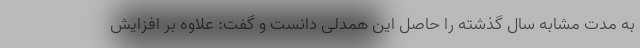
به مدت مشابه سال گذشته را حاصل این همدلی دانست و گفت: علاوه بر افزایش